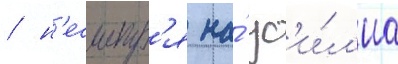
/ н'есмотр'я на́ ус'и́л'иа